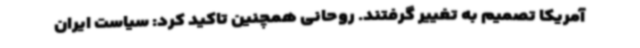
آمریکا تصمیم به تغییر گرفتند. روحانی همچنین تاکید کرد: سیاست ایران